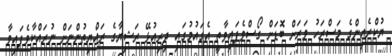
ޔުކްރެއިންގެ މަސްރަހު ވަރަށް ބޮޑަށް ގޯސްވެފައިވާތީ އެގައުމުގައި ދިރިއުޅޭ ރަޝިޔާގެ ރައްޔިތުންނަށް ނުރައްކާވެފައިވާ